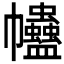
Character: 𧖂